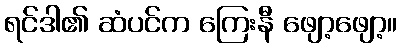
ရင်ဒါ၏ ဆံပင်က ကြေးနီ ဖျော့ဖျော့။